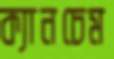
ক্যানচেম